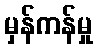
မှန်ကန်မှု